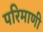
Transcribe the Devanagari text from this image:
परिमाणी